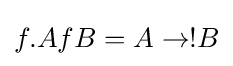
f.AfB=A\rightarrow !B